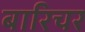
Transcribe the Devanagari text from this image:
बारिचर